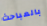
بالمباحث